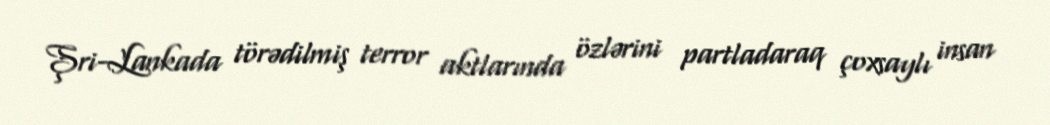
Şri-Lankada törədilmiş terror aktlarında özlərini partladaraq çoxsaylı insan